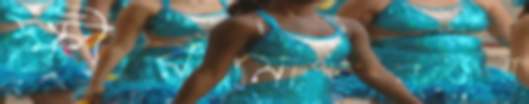
ক্ষীরমোহনজয়